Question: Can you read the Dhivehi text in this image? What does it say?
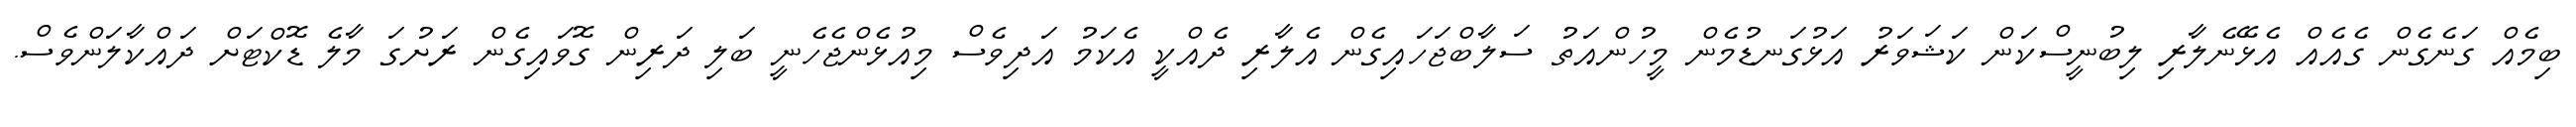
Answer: ބިމެއް ގަނެގެން ގެއެއް އެޅޭނެލާރި ލިބުނީސްކަން ކަޝަވަރު އަޅުގަނޑުމެން މީހުންއަތު ސަލާބްޖަހައިގެން އެލާރި ދެއްކީ އެކަމު އަދިވެސް މިއުޅެންޖެހެނީ ބަލި ދަރިން ގޮވައިގެން ރަށުގަ މާލެ ޑޮކްޓަށް ދައްކާލަންވެސް.